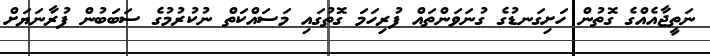
ނަތީޖާއެއްގެ ގޮތުން ހަށިގަނޑުގެ ގުނަވަންތައް ފުރިހަމަ ގޮތުގައި މަސައްކަތް ނުކުރުމުގެ ސަބަބުން ފުރާނަޔަށް